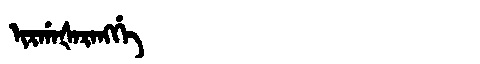
Manchu: ᡳᡵᡤᠠᡧᠠᡵᠠᠩᡤᡝ
Romanization: IRGAŠARANGGE